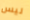
ليس